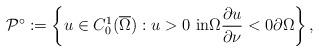
LaTeX: \begin{align*}\mathcal{P}^{\circ}:=\left\{ u\in C_{0}^{1}(\overline{\Omega}):u>0\text{ in}\Omega\frac{\partial u}{\partial\nu}<0\partial\Omega\right\} ,\end{align*}